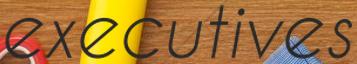
executives